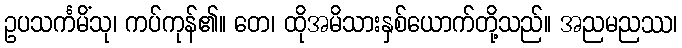
ဥပသင်္ကမိံသု၊ ကပ်ကုန်၏။ တေ၊ ထိုအမိသားနှစ်ယောက်တို့သည်။ အညမညဿ၊